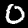
Digit: 0